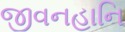
જીવનહાનિ